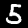
Digit: 5